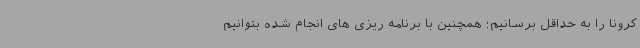
کرونا را به حداقل برسانیم؛ همچنین با برنامه ریزی های انجام شده بتوانیم